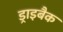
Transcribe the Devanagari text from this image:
ड्राइबैक